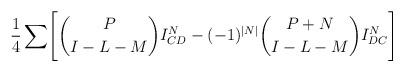
LaTeX: \begin{align*}{1 \over 4}\sum \Biggl[ {P \choose {I-L-M}}I^N_{CD}-(-1)^{\vert N \vert}{{P+N} \choose {I-L-M}}I^N_{DC}\Biggr]\end{align*}